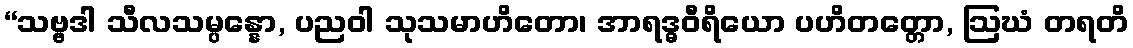
“သဗ္ဗဒါ သီလသမ္ပန္နော, ပညဝါ သုသမာဟိတော၊ အာရဒ္ဓဝီရိယော ပဟိတတ္တော, ဩဃံ တရတိ